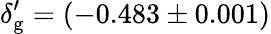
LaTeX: {\delta_{\mathrm{g}}^{\prime}}=(-0.483\pm 0.001)